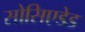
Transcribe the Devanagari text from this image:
सोसिएडेड